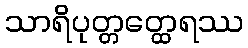
သာရိပုတ္တတ္ထေရဿ